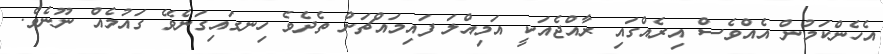
އެހެންކަމުން އެއްވެސް އިރެއްގައި ރާއްޖެއަކީ އަމިއްލަ ފައިމައްޗަށް ތެދެވެ ހިނގައިގަނެވޭ ގައުމެއް ނޫނެވެ.